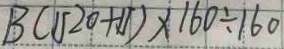
B ( 1 5 2 0 + 1 5 ) \times 1 6 0 \div 1 6 0